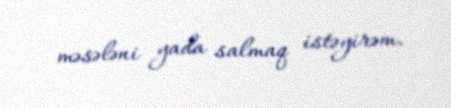
məsələni yada salmaq istəyirəm.